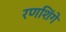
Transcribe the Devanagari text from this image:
रणशिंगे